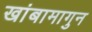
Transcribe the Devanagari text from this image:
खांबामागुन